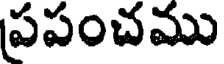
ప్రపంచము